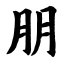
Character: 朋